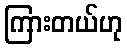
ကြားတယ်ဟု